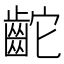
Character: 𪗩